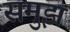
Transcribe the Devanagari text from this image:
समुझ